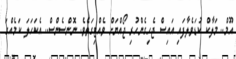
އޫމް.. މަލާކް ކުޑަވެލާފައި އައިސް ޖެހިގެންހުރި ޖޯއްޔަށް ވެއްޓިގަތެވެ. ނޮންސެންސް.. އެކަހަލަ ކަމެއްގަ